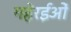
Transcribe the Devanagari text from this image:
गहेरईओं